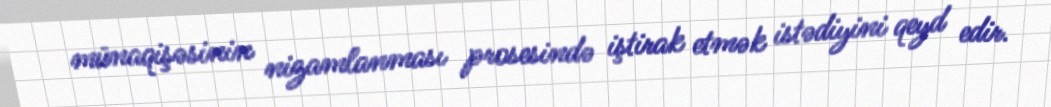
münaqişəsinin nizamlanması prosesində iştirak etmək istədiyini qeyd edir.